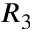
R _ { 3 }